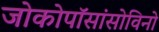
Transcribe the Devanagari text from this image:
जोकोपॉसांसोविनो